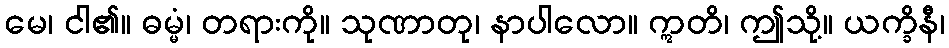
မေ၊ ငါ၏။ ဓမ္မံ၊ တရားကို။ သုဏာတု၊ နာပါလော။ ဣတိ၊ ဤသို့။ ယက္ခိနီ၊